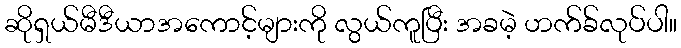
ဆိုရှယ်မီဒီယာအကောင့်များကို လွယ်ကူပြီး အခမဲ့ ဟက်ခ်လုပ်ပါ။